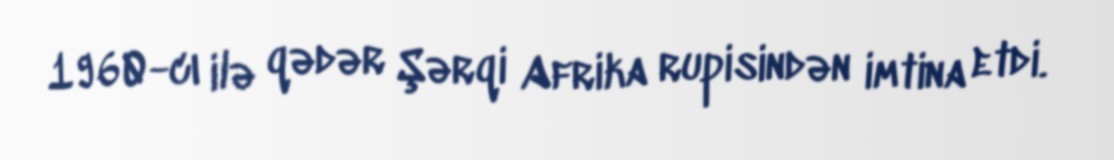
1960-cı ilə qədər Şərqi Afrika rupisindən imtina etdi.